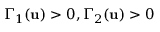
\Gamma _ { 1 } ( \mathbf { u } ) > 0 , \Gamma _ { 2 } ( \mathbf { u } ) > 0